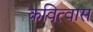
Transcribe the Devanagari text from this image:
कवित्वास